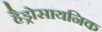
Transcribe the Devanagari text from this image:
हैड्रोसायनिक